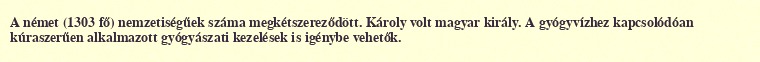
A német (1303 fő) nemzetiségűek száma megkétszereződött. Károly volt magyar király. A gyógyvízhez kapcsolódóan kúraszerűen alkalmazott gyógyászati kezelések is igénybe vehetők.